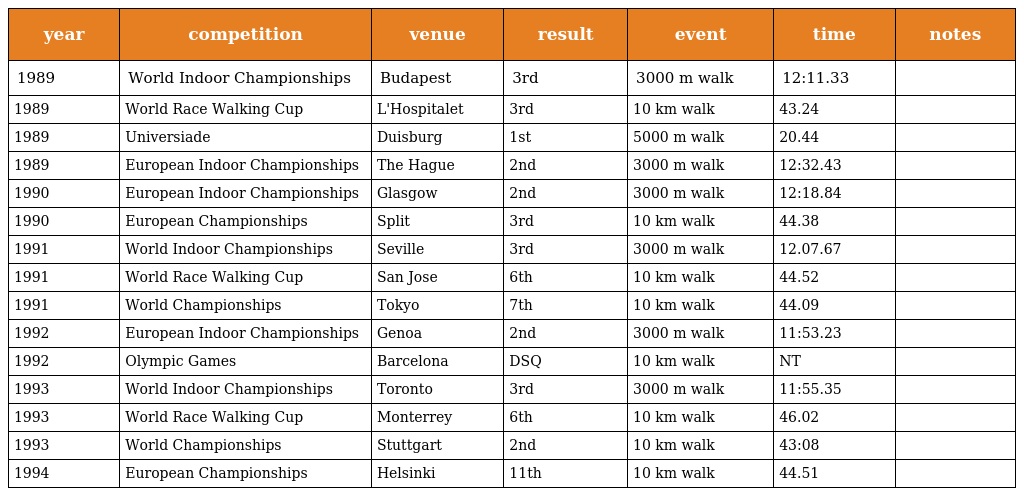
| year | competition | venue | result | event | time | notes |
 | --- | --- | --- | --- | --- | --- | --- |
 | 1989 | World Indoor Championships | Budapest | 3rd | 3000 m walk | 12:11.33 |  |
 | 1989 | World Race Walking Cup | L'Hospitalet | 3rd | 10 km walk | 43.24 |  |
 | 1989 | Universiade | Duisburg | 1st | 5000 m walk | 20.44 |  |
 | 1989 | European Indoor Championships | The Hague | 2nd | 3000 m walk | 12:32.43 |  |
 | 1990 | European Indoor Championships | Glasgow | 2nd | 3000 m walk | 12:18.84 |  |
 | 1990 | European Championships | Split | 3rd | 10 km walk | 44.38 |  |
 | 1991 | World Indoor Championships | Seville | 3rd | 3000 m walk | 12.07.67 |  |
 | 1991 | World Race Walking Cup | San Jose | 6th | 10 km walk | 44.52 |  |
 | 1991 | World Championships | Tokyo | 7th | 10 km walk | 44.09 |  |
 | 1992 | European Indoor Championships | Genoa | 2nd | 3000 m walk | 11:53.23 |  |
 | 1992 | Olympic Games | Barcelona | DSQ | 10 km walk | NT |  |
 | 1993 | World Indoor Championships | Toronto | 3rd | 3000 m walk | 11:55.35 |  |
 | 1993 | World Race Walking Cup | Monterrey | 6th | 10 km walk | 46.02 |  |
 | 1993 | World Championships | Stuttgart | 2nd | 10 km walk | 43:08 |  |
 | 1994 | European Championships | Helsinki | 11th | 10 km walk | 44.51 |  |